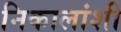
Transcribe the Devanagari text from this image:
निकालांशी